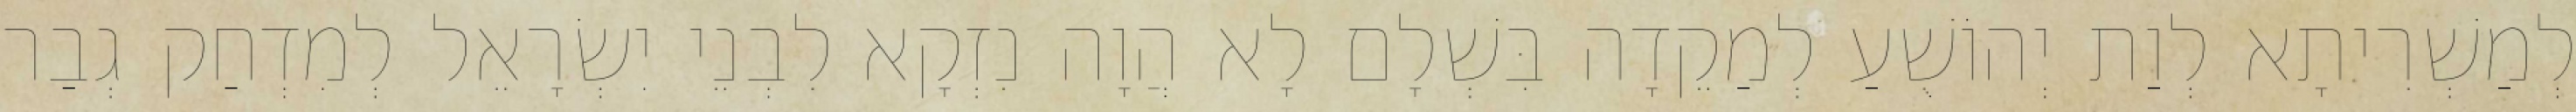
לְמַשְׁרִיתָא לְוַת יְהוֹשֻׁעַ לְמַקֵדָה בִּשְׁלָם לָא הֲוָה נִזְקָא לִבְנֵי יִשְׂרָאֵל לְמִדְחַק גְבַר